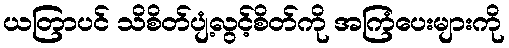
ယတြာပင် သိစိတ်ပျံ့လွင့်စိတ်ကို အကြံပေးများကို